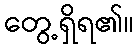
တွေ့ရှိရ၏။